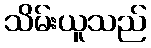
သိမ်းယူသည်